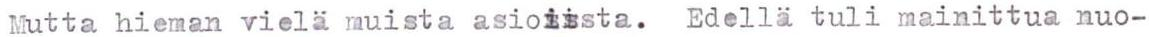
Mutta hieman vielä muista asioiista. Edellä tuli mainittua nuo-